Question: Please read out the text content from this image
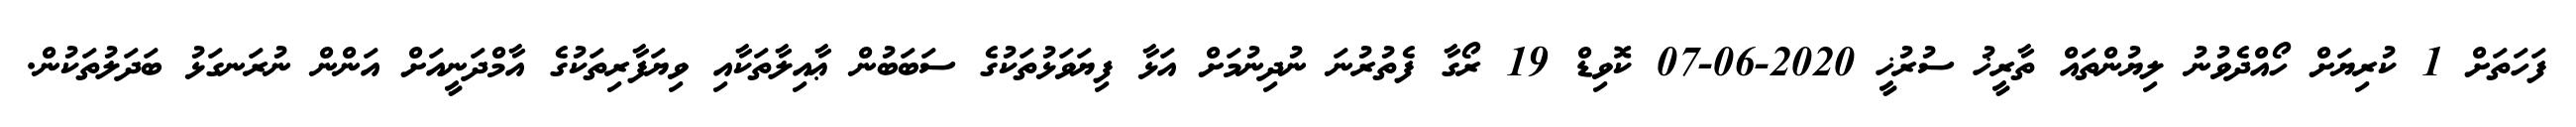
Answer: ފަހަތަށް 1 ކުރިޔަށް ހޯއްދެވުނު ލިޔުންތައް ތާރީޚު ސުރުޚީ 2020-06-07 ކޮވިޑް 19 ރޯގާ ފެތުރުނަ ނުދިނުމަށް އަޅާ ފިޔަވަޅުތަކުގެ ސަބަބުން ޢާއިލާތަކާއި ވިޔަފާރިތަކުގެ އާމްދަނީއަށް އަންން ނުރަނގަޅު ބަދަލުތަކުން.